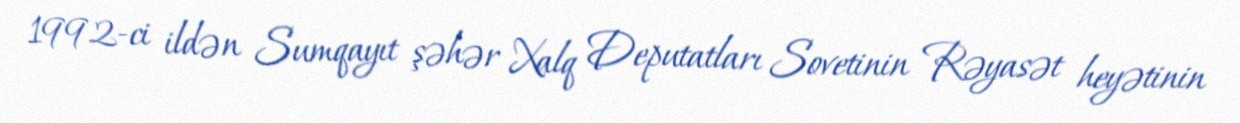
1992-ci ildən Sumqayıt şəhər Xalq Deputatları Sovetinin Rəyasət heyətinin